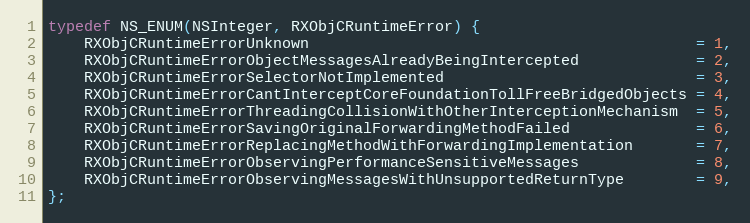
Language: C
typedef NS_ENUM(NSInteger, RXObjCRuntimeError) {
    RXObjCRuntimeErrorUnknown                                           = 1,
    RXObjCRuntimeErrorObjectMessagesAlreadyBeingIntercepted             = 2,
    RXObjCRuntimeErrorSelectorNotImplemented                            = 3,
    RXObjCRuntimeErrorCantInterceptCoreFoundationTollFreeBridgedObjects = 4,
    RXObjCRuntimeErrorThreadingCollisionWithOtherInterceptionMechanism  = 5,
    RXObjCRuntimeErrorSavingOriginalForwardingMethodFailed              = 6,
    RXObjCRuntimeErrorReplacingMethodWithForwardingImplementation       = 7,
    RXObjCRuntimeErrorObservingPerformanceSensitiveMessages             = 8,
    RXObjCRuntimeErrorObservingMessagesWithUnsupportedReturnType        = 9,
};